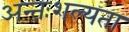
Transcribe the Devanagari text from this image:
अन्तःशल्यता